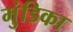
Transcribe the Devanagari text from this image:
मुंडिका